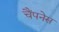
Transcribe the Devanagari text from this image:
चैंपनेस